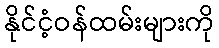
နိုင်ငံ့ဝန်ထမ်းများကို